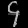
Digit: ၄